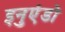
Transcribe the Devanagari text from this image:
इनुएंडो